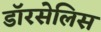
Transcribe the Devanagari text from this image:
डॉरसेलिस